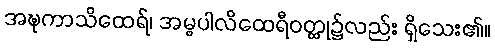
အဍ္ဎကာသိထေရ်၊ အမ္ဗပါလိထေရီဝတ္ထု၌လည်း ရှိသေး၏။